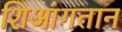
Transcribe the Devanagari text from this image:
शिआंगतान